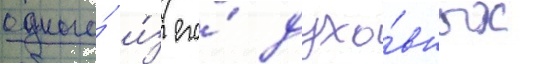
одного́ и́з его́ духо́вных